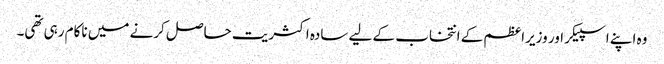
وہ اپنے اسپیکر اور وزیراعظم کے انتخاب کے لیے سادہ اکثریت حاصل کرنے میں ناکام رہی تھی۔